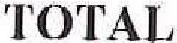
TOTAL